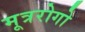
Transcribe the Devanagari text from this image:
मूत्ररोगो